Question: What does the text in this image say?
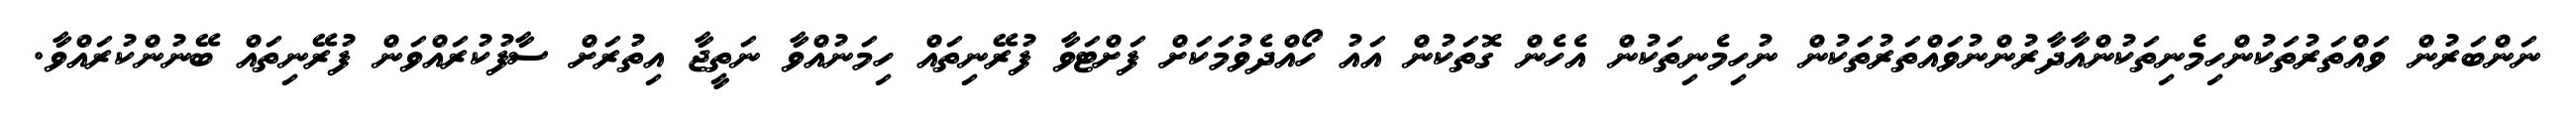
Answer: ނަންބަރުން ވައްތަރުތަކުންހިމެނިތަކުންއާދާރުންނުވައްތަރުތަކުން ނުހިމެނިތަކުން އެހެން ގޮތަކުން އައު ހޯއްދެވުމަކަށް ފަށްޓަވާ ފުރޭނިތައް ހިމަނުއްވާ ނަތީޖާ އިތުރަށް ސާފުކުރައްވަން ފުރޭނިތައް ބޭނުންކުރައްވާ.